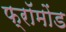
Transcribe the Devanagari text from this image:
फ्रॉमोंड